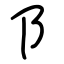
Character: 阝